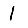
Digit: 1